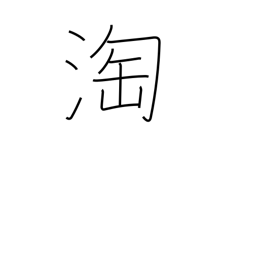
Meaning: select